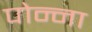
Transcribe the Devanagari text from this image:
पोन्ना